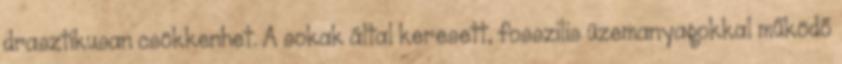
drasztikusan csökkenhet. A sokak által keresett, fosszilis üzemanyagokkal működő